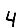
Digit: 4